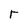
Character: r